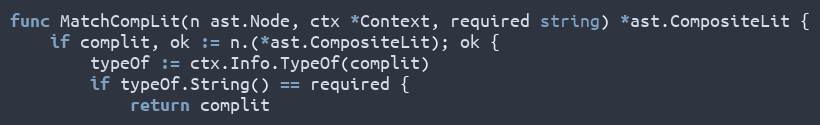
Language: Go
func MatchCompLit(n ast.Node, ctx *Context, required string) *ast.CompositeLit {
	if complit, ok := n.(*ast.CompositeLit); ok {
		typeOf := ctx.Info.TypeOf(complit)
		if typeOf.String() == required {
			return complit